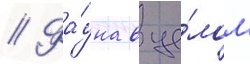
// Фа́уна в це́лом